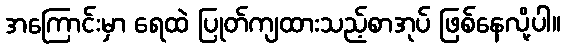
အကြောင်းမှာ ရေထဲ ပြုတ်ကျထားသည့်စာအုပ် ဖြစ်နေလို့ပါ။